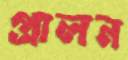
প্রালন